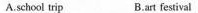
A.school trip B.art festival